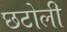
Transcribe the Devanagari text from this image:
छटोली